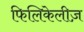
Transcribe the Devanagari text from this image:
फिलिकेलीज़